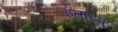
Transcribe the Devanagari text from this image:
इताइपू